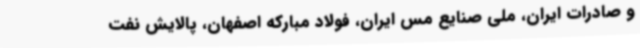
و صادرات ایران، ملی صنایع مس ایران، فولاد مبارکه اصفهان، پالایش نفت